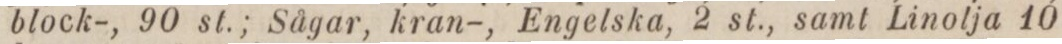
block-, 90 st.; Sågar, kran-, Engelska, 2 st., samt Linolja 10